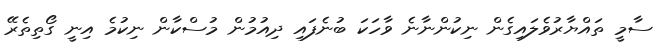
ސާމީ ތައްޔާރުވެލައިގެން ނިކުންނާނެ ވާހަކަ ބުނެފައި ދިއުމުން މުސްކާން ނިކުމެ އިނީ ގޯތިތެރޭ